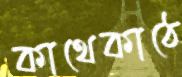
কাথেকাঠে